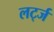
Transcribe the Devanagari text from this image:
लर्ट्ज